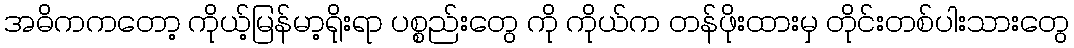
အဓိကကတော့ ကိုယ့်မြန်မာ့ရိုးရာ ပစ္စည်းတွေ ကို ကိုယ်က တန်ဖိုးထားမှ တိုင်းတစ်ပါးသားတွေ